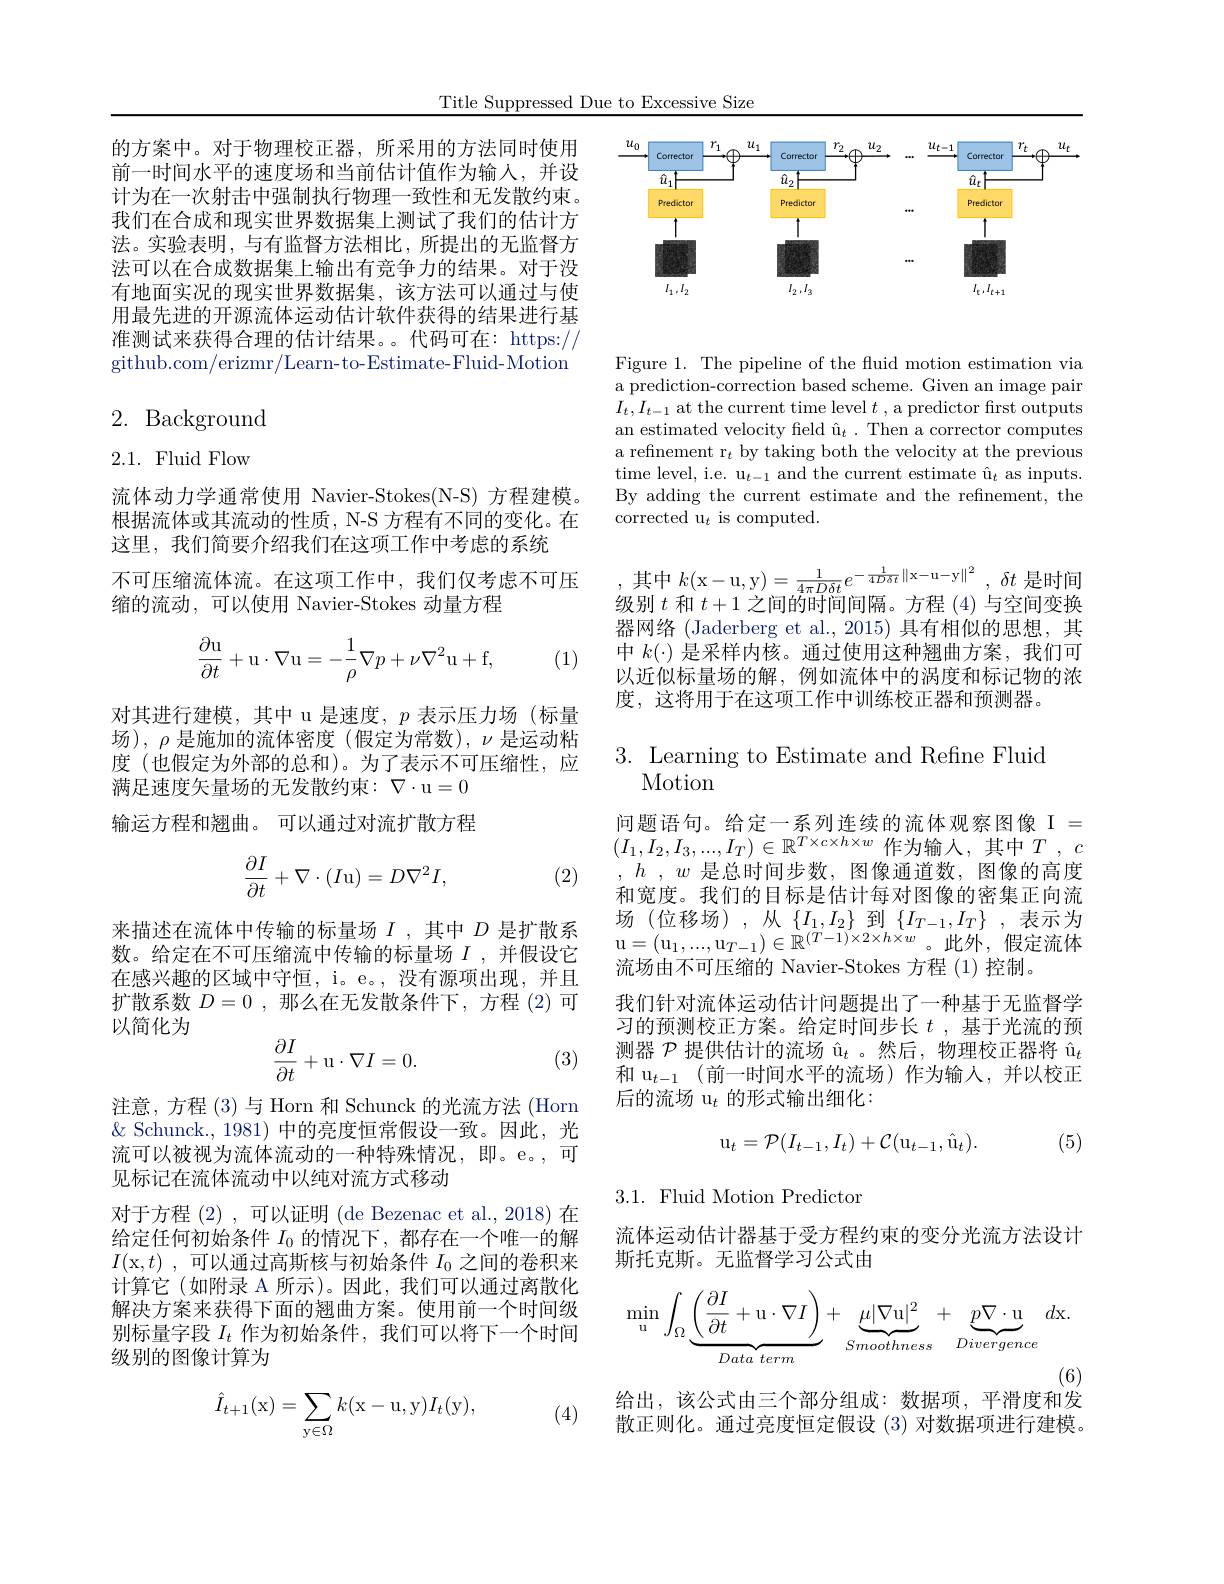
Title Suppressed Due to Excessive Size

的方案中。对于物理校正器，所采用的方法同时使用前一时间水平的速度场和当前估计值作为输入，并设计为在一次射击中强制执行物理一致性和无发散约束。我们在合成和现实世界数据集上测试了我们的估计方法。实验表明，与有监督方法相比，所提出的无监督方法可以在合成数据集上输出有竞争力的结果。对于没有地面实况的现实世界数据集，该方法可以通过与使用最先进的开源流体运动估计软件获得的结果进行基准测试来获得合理的估计结果。。代码可在：https:// github. com/ erizmr/ Learn- to- Estimate- Fluid- Motion

# 2. Background

# 2.1. Fluid Flow

流体动力学通常使用 Navier-Stokes(N-S) 方程建模。根据流体或其流动的性质，N-S 方程有不同的变化。在这里，我们简要介绍我们在这项工作中考虑的系统
不可压缩流体流。在这项工作中，我们仅考虑不可压
缩的流动，可以使用 Navier-Stokes 动量方程
$$\begin{aligned}\frac{\partial\mathrm{u}}{\partial t}+\mathrm{u}\cdot\nabla\mathrm{u}=-\frac{1}{\rho}\nabla p+\nu\nabla^2\mathrm{u}+\mathrm{f},\end{aligned}$$
(1)

对其进行建模，其中 u 是速度，$p$表示压力场(标量场),$\rho$是施加的流体密度(假定为常数),$\nu$是运动粘度 (也假定为外部的总和)。为了表示不可压缩性，应满足速度矢量场的无发散约束：$\nabla\cdot$u=0输运方程和翘曲。可以通过对流扩散方程
$$\begin{aligned}\frac{\partial I}{\partial t}+\nabla\cdot(I\text{u})=D\nabla^2I,\end{aligned}$$
(2)

来描述在流体中传输的标量场$I$ ,其中$D$是扩散系数。给定在不可压缩流中传输的标量场$I$ ,并假设它在感兴趣的区域中守恒，i。e。,没有源项出现，并且扩散系数$D=0$,那么在无发散条件下，方程 (2)可以简化为
$$\dfrac{\partial I}{\partial t}+\mathrm u\cdot\nabla I=0.$$
(3)

注意，方程(3)与 Horn 和 Schunck 的光流方法 (Horn $\&$ Schunck., 1981) 中的亮度恒常假设一致。因此，光流可以被视为流体流动的一种特殊情况，即。e。,可见标记在流体流动中以纯对流方式移动
对于方程 (2),可以证明 (de Bezenac et al., 2018)在给定任何初始条件$I_0$的情况下，都存在一个唯一的解$I($x$, t)$ ,可以通过高斯核与初始条件 $I_0$ 之间的卷积来计算它(如附录 A 所示)。因此，我们可以通过离散化解决方案来获得下面的翘曲方案。使用前一个时间级别标量字段$I_t$作为初始条件，我们可以将下一个时间级别的图像计算为
$$\hat{I}_{t+1}(\mathrm x)=\sum_{\mathrm y\in\Omega}k(\mathrm x-\mathrm u,\mathrm y)I_t(\mathrm y),$$
(4)

<FigureHere>

Figure 1. The pipeline of the fluid motion estimation via a prediction-correction based scheme. Given an image pair $I_t,I_{t-1}$ at the current time level $t$ , a predictor first outputs an estimated velocity field $\hat{\text{u}}_t.$ Then a corrector computes a refinement r$_t$ by taking both the velocity at the previous time level, i.e. u$_t-1$ and the current estimate $\hat{\mathrm{u}}_t$ as inputs. By adding the current estimate and the refinement, the corrected u$_t$ is computed.

,其中$k($x-u,y$)=\frac1{4\pi D\delta t}e^{-\frac1{4D\delta t}\|\mathrm{x-u-y}\|^2},\delta t$是时间级 别 $t$和$t+1$之间的时间间随一方程$(A)$占交问亦换级别$t$和$t+1$之间的时间间隔。方程(4)与空间变换器网络 (Jaderberg et al.,2015) 具有相似的思想，其中$k(\cdot)$是采样内核。通过使用这种翘曲方案，我们可以近似标量场的解，例如流体中的涡度和标记物的浓度，这将用于在这项工作中训练校正器和预测器。

# 3. Learning to Estimate and Refne Fluid Motion

问题语句。给定一系列连续的流体观察图像 I = $(I_1,I_2,I_3,...,I_T)\in\mathbb{R}^{T\times c\times h\times w}$ 作为输人，其中$T,c$ $h$ , $w$是总时间步数，图像通道数，图像的高度和宽度。我们的目标是估计每对图像的密集正向流场 (位移场) ,从$\{I_1,I_2\}$到$\{I_T-1,I_T\}$ ,表示为“ (立 内 ” 分 ) , , (“ $1, \ldots , \text{u}_{T- 1}) \in \mathbb{R} ^{( T- 1) \times 2\times h\times w}$ 。此 外 , 假 定 流 体 u$= ( \mathrm{u} _{1}, \ldots , \mathrm{u} _{T- 1}) \in \mathbb{R} ^{( T- 1) \times 2\times h\times w}$ 。此 外 , 假 定 流 体流场由不可压缩的 Navier-Stokes 方程 (1)控制。
我们针对流体运动估计问题提出了一种基于无监督学习的预测校正方案。给定时间步长$t$ ,基于光流的预测器$\mathcal{P} \text{ 提 供 估 计 的 流 场 \^ {u}}_t$ 。然后，物理校正器将$\hat{\mathrm{u}}_t$ 和 $\mathrm{u} _{t- 1}$ (前一时间水平的流场)作为输人，并以校正后的流场 u$_t$的形式输出细化：

(5)
$$\mathrm{u}_t=\mathcal{P}(I_{t-1},I_t)+\mathcal{C}(\mathrm{u}_{t-1},\hat{\mathrm{u}}_t).$$
$3.1.{\mathrm{~Fluid~Motion~Predictor}}$

流体运动估计器基于受方程约束的变分光流方法设计
斯托克斯。无监督学习公式由
$$\min_{\mathrm{u}}\int_{\Omega}\underbrace{\left(\frac{\partial I}{\partial t}+\mathrm{u}\cdot\nabla I\right)}_{Data\:term}+\underbrace{\mu|\nabla\mathrm{u}|^{2}}_{Smoothness}+\underbrace{p\nabla\cdot\mathrm{u}}_{Divergence}\:d\mathrm{x}.$$
给出，该公式由三个部分组成：数据项，平滑度和发

散正则化。通过亮度恒定假设(3)对数据项进行建模